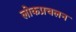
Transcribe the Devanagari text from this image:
लोकप्रचलन